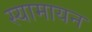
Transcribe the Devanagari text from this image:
स्यामायन